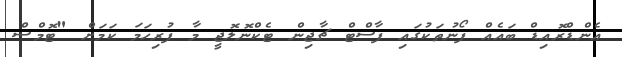
އެންޑްރޮއިޑް ބައެއް ފޯނުތަކުގައި ފާސްޓް ޗާޖިން ޓެކްނޮލޮޖީ މާ ފުރިހަމަ ކަމަށް "ޓޮމްސް